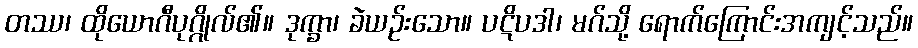
တဿ၊ ထိုယောဂီပုဂ္ဂိုလ်၏။ ဒုက္ခာ၊ ခဲယဉ်းသော။ ပဋိပဒါ၊ မဂ်သို့ ရောက်ကြောင်းအကျင့်သည်။